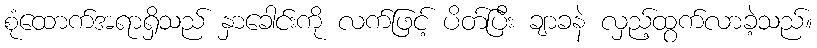
စုံထောက်အရာရှိသည် နှာခေါင်းကို လက်ဖြင့် ပိတ်ပြီး ချာခနဲ လှည့်ထွက်လာခဲ့သည်။